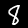
Digit: 8